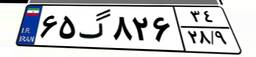
۶۵گ۸۲۶۳۴